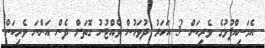
އެމަނިއްޕުޅުގެ ވެރިކަން 3 އަހަރު ދުވަހުން ވެއްޓުނު ގޮތަށް ދެން އަންނަ ވެރިކަން